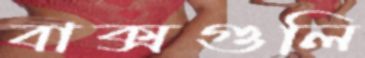
বাক্সগুলি